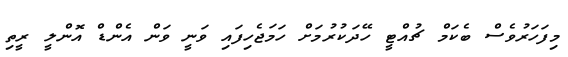
މިފަހަރުވެސް ބެކަމް ޗުއްޓީ ހޭދަކުރުމަށް ހަމަޖެހިފައި ވަނީ ވަން އެންޑް އޮންލީ ރީތި